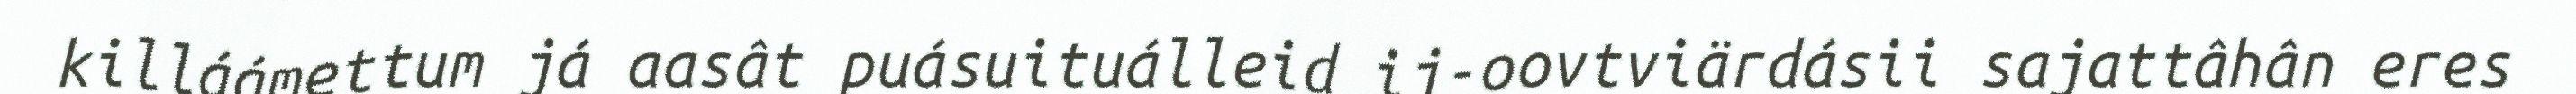
killáámettum já aasât puásuituálleid ij-oovtviärdásii sajattâhân eres